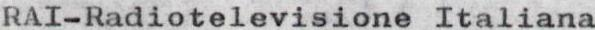
RAI-Radiotelevisione Italiana